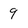
Character: 9